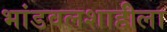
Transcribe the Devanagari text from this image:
भांडवलशाहीला